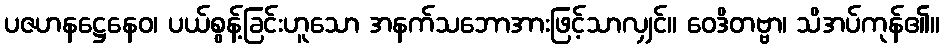
ပဇဟနဋ္ဌေနေဝ၊ ပယ်စွန့်ခြင်းဟူသော အနက်သဘောအားဖြင့်သာလျှင်။ ဝေဒိတဗ္ဗာ၊ သိအပ်ကုန်၏။